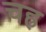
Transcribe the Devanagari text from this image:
चह्र